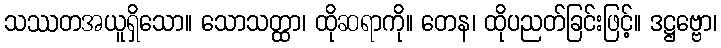
သဿတအယူရှိသော။ သောသတ္ထာ၊ ထိုဆရာကို။ တေန၊ ထိုပညတ်ခြင်းဖြင့်။ ဒဋ္ဌဗ္ဗော၊